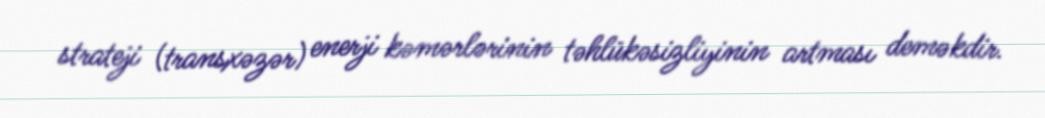
strateji (transxəzər) enerji kəmərlərinin təhlükəsizliyinin artması deməkdir.